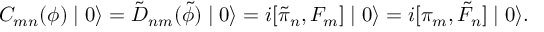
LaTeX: C _ { m n } ( \phi ) \mid 0 \rangle = \tilde { D } _ { n m } ( \tilde { \phi } ) \mid 0 \rangle = i [ \tilde { \pi } _ { n } , F _ { m } ] \mid 0 \rangle = i [ \pi _ { m } , \tilde { F } _ { n } ] \mid 0 \rangle .